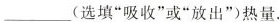
___(选填”吸收”或”放出”)热量.